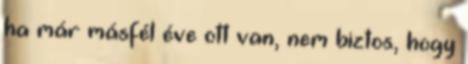
ha már másfél éve ott van, nem biztos, hogy